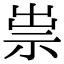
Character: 祟